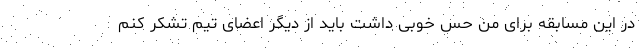
در این مسابقه برای من حس خوبی داشت باید از دیگر اعضای تیم تشکر کنم